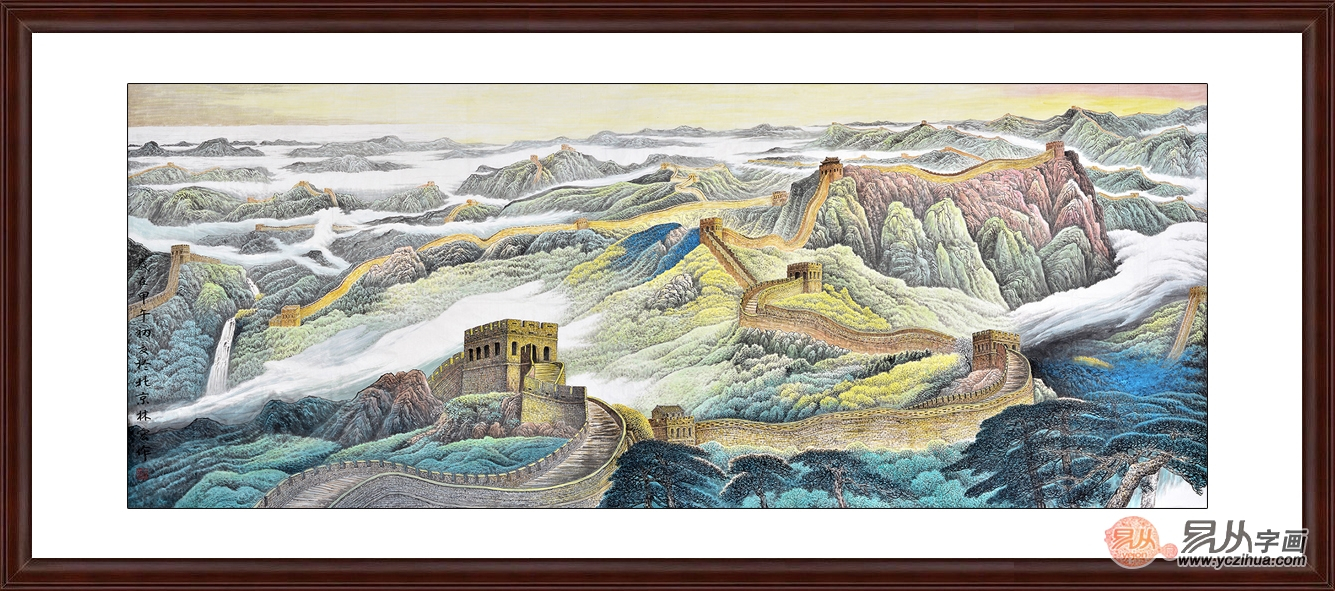
金玉其外，败絮其中